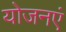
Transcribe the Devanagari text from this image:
योजनएं